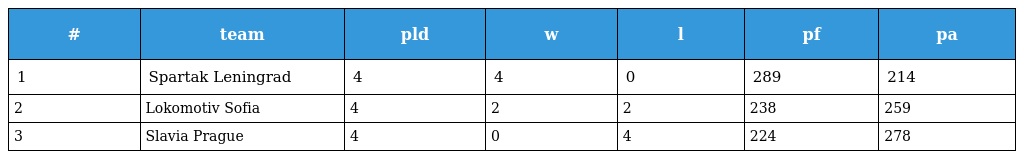
| # | team | pld | w | l | pf | pa |
 | --- | --- | --- | --- | --- | --- | --- |
 | 1 | Spartak Leningrad | 4 | 4 | 0 | 289 | 214 |
 | 2 | Lokomotiv Sofia | 4 | 2 | 2 | 238 | 259 |
 | 3 | Slavia Prague | 4 | 0 | 4 | 224 | 278 |